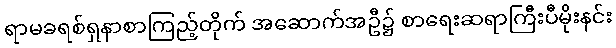
ရာမခရစ်ရှနာစာကြည့်တိုက် အဆောက်အဦ၌ စာရေးဆရာကြီးပီမိုးနင်း